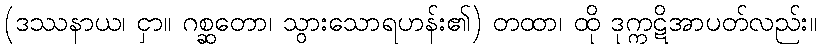
(ဒဿနာယ၊ ငှာ။ ဂစ္ဆတော၊ သွားသောရဟန်း၏) တထာ၊ ထို ဒုက္ကဋိအာပတ်လည်း။